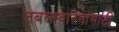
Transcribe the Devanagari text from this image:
तबलावादनासाठी